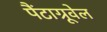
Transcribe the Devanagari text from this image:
पैंटाग्रूवेल